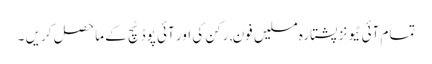
تمام آئی ٹیونز پشتارہ مسلیں فون, رکن کی اور آئی پوڈ ٹچ کے ماحصل کریں ۔